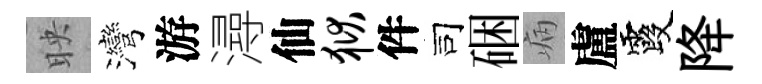
映灣游潯仙狱件司硱病盧霞降